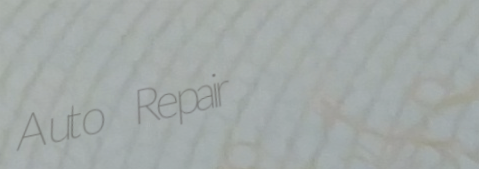
Auto Repair